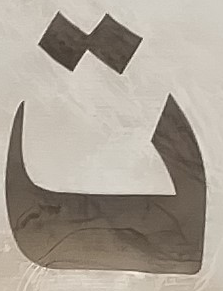
ت